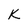
Character: K